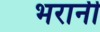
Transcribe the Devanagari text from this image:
भरानी